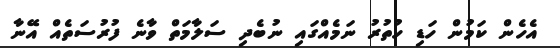
އެހެން ކަމުން ހަޑި ހުތުރު ނަމެއްގައި ނުބެދި ސަލާމަތް ވާނެ ފުރުސަތެއް އޭނާ